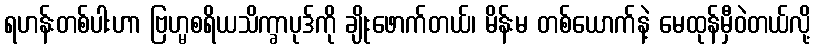
ရဟန်းတစ်ပါးဟာ ဗြဟ္မစရိယသိက္ခာပုဒ်ကို ချိုးဖောက်တယ်၊ မိန်းမ တစ်ယောက်နဲ့ မေထုန်မှီဝဲတယ်လို့